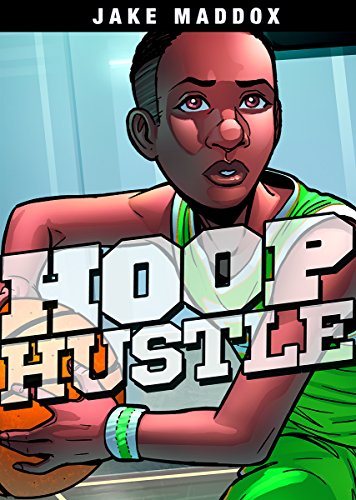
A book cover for Hoop Hustle (Jake Maddox Sports Stories); Jake Maddox; Children's Books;